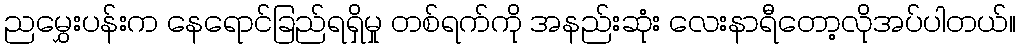
ညမွှေးပန်းက နေရောင်ခြည်ရရှိမှု တစ်ရက်ကို အနည်းဆုံး လေးနာရီတော့လိုအပ်ပါတယ်။